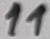
Text: 11